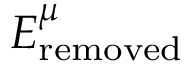
E _ { \mathrm { r e m o v e d } } ^ { \mu }